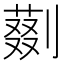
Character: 𠟝